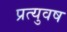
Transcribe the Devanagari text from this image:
प्रत्युवष